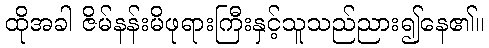
ထိုအခါ ဇိမ်နန်းမိဖုရားကြီးနှင့်သူသည်ညား၍နေ၏။